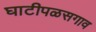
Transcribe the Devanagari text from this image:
घाटीपळसगाव